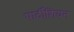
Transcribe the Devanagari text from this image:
पार्टीशियन